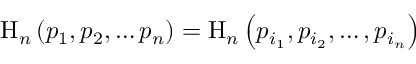
\mathrm { H } _ { n } \left( p _ { 1 } , p _ { 2 } , \ldots p _ { n } \right) = \mathrm { H } _ { n } \left( p _ { i _ { 1 } } , p _ { i _ { 2 } } , \ldots , p _ { i _ { n } } \right)